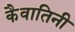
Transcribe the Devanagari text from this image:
कैवातिनी